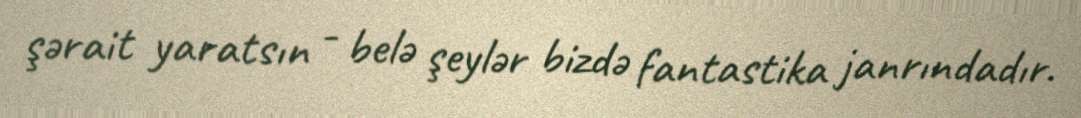
şərait yaratsın - belə şeylər bizdə fantastika janrındadır.